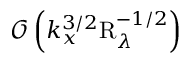
\mathcal { O } \left( k _ { x } ^ { 3 / 2 } \mathrm { R } _ { \lambda } ^ { - 1 / 2 } \right)